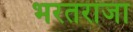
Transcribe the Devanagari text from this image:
भरतराजा